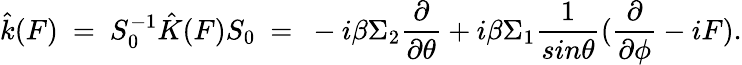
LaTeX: \hat{k}(F)~=~S_{0}^{-1}\hat{K}(F)S_{0}~=~-i\beta\Sigma_{2}\frac{\partial}{\partial\theta}+i\beta\Sigma_{1}\frac{1}{sin\theta}(\frac{\partial}{\partial\phi}-iF).